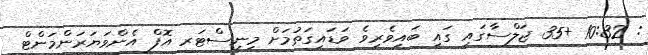
: 10:32 +35 ޖަލްސާގައި ގައި ބައިވެރިވެ ވަޑައިގަތުމަށް މިނިސްޓަރ އޮފް އެންވަޔަރަންމަންޓް